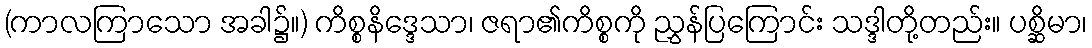
(ကာလကြာသော အခါ၌။) ကိစ္စနိဒ္ဒေသာ၊ ဇရာ၏ကိစ္စကို ညွှန်ပြကြောင်း သဒ္ဒါတို့တည်း။ ပစ္ဆိမာ၊